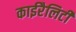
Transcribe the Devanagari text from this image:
काईरैलिटी